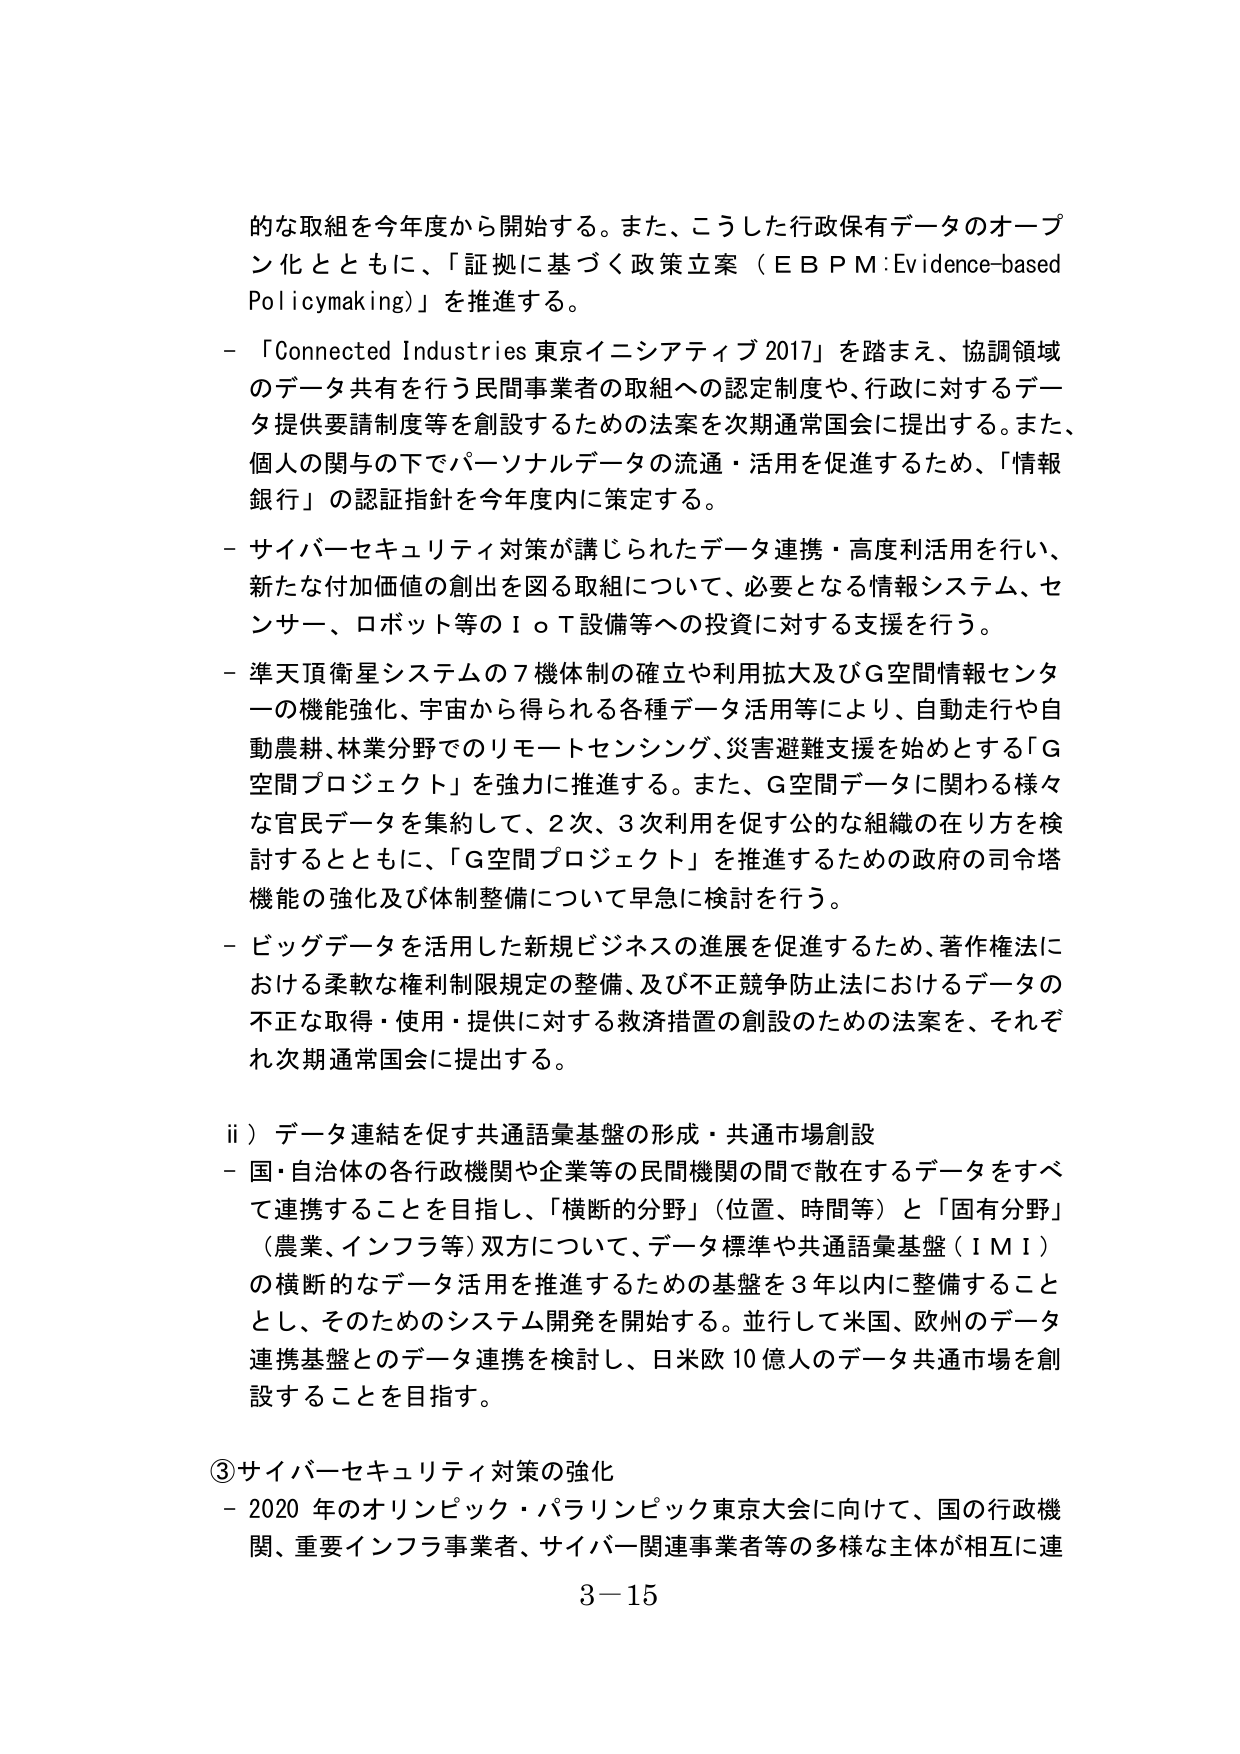
的な取組を今年度から開始する。また、こうした行政保有データのオープン化とともに、「証拠に基づく政策立案（ＥＢＰＭ：Evidence-based Policymaking）」を推進する。

- 「Connected Industries 東京イニシアティブ 2017」を踏まえ、協調領域のデータ共有を行う民間事業者の取組への認定制度や、行政に対するデータ提供要請制度等を創設するための法案を次期通常国会に提出する。また、個人の関与の下でパーソナルデータの流通・活用を促進するため、「情報銀行」の認証指針を今年度内に策定する。

- サイバーセキュリティ対策が講じられたデータ連携・高度利活用を行い、新たな付加価値の創出を図る取組について、必要となる情報システム、センサー、ロボット等のＩｏＴ設備等への投資に対する支援を行う。

- 準天頂衛星システムの７機体制の確立や利用拡大及びＧ空間情報センターの機能強化、宇宙から得られる各種データ活用等により、自動走行や自動農耕、林業分野でのリモートセンシング、災害避難支援を始めとする「Ｇ空間プロジェクト」を強力に推進する。また、Ｇ空間データに関わる様々な官民データを集約して、２次、３次利用を促す公的な組織の在り方を検討するとともに、「Ｇ空間プロジェクト」を推進するための政府の司令塔機能の強化及び体制整備について早急に検討を行う。

- ビッグデータを活用した新規ビジネスの進展を促進するため、著作権法における柔軟な権利制限規定の整備、及び不正競争防止法におけるデータの不正な取得・使用・提供に対する救済措置の創設のための法案を、それぞれ次期通常国会に提出する。

ii）データ連結を促す共通語彙基盤の形成・共通市場創設
- 国・自治体の各行政機関や企業等の民間機関の間で散在するデータをすべて連携することを目指し、「横断的分野」（位置、時間等）と「固有分野」（農業、インフラ等）双方について、データ標準や共通語彙基盤（ＩＭＩ）の横断的なデータ活用を推進するための基盤を３年以内に整備することとし、そのためのシステム開発を開始する。並行して米国、欧州のデータ連携基盤とのデータ連携を検討し、日米欧10億人のデータ共通市場を創設することを目指す。

③ サイバーセキュリティ対策の強化
- 2020年のオリンピック・パラリンピック東京大会に向けて、国の行政機関、重要インフラ事業者、サイバー関連事業者等の多様な主体が相互に連

3－15